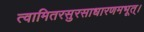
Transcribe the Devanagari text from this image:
त्वामितरसुरसाधारणमभूत्।